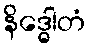
နိဒ္ဓေါတံ